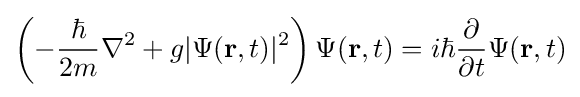
\left(-{\frac {\hbar }{2m}}\nabla ^{2}+g|\Psi (\mathbf {r} ,t)|^{2}\right)\Psi (\mathbf {r} ,t)=i\hbar {\frac {\partial }{\partial t}}\Psi (\mathbf {r} ,t)